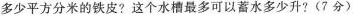
多少平方分米的铁皮? 这个水槽最多可以蓄水多少升? (7分)